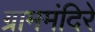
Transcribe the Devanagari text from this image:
ग्राममंदिरे